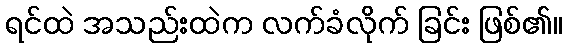
ရင်ထဲ အသည်းထဲက လက်ခံလိုက် ခြင်း ဖြစ်၏။